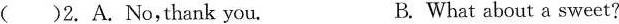
( )2. A.No,thank you. B. What about a sweet?